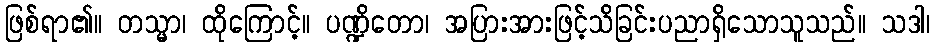
ဖြစ်ရာ၏။ တသ္မာ၊ ထိုကြောင့်။ ပဏ္ဍိတော၊ အပြားအားဖြင့်သိခြင်းပညာရှိသောသူသည်။ သဒါ၊